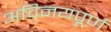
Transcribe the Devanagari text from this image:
अविनयपूर्ण